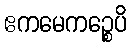
ဧကမေကဉ္စေပိ